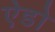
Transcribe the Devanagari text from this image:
ऐडो